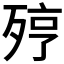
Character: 𣨉